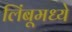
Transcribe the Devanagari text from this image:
लिंबूमध्ये